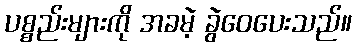
ပစ္စည်းများကို အခမဲ့ ခွဲဝေပေးသည်။